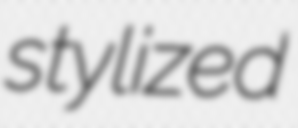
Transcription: stylized